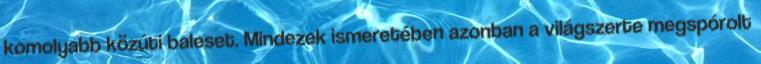
komolyabb közúti baleset. Mindezek ismeretében azonban a világszerte megspórolt